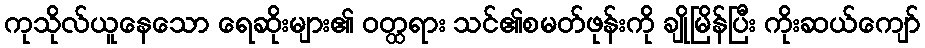
ကုသိုလ်ယူနေသော ရေဆိုးများ၏ ဝတ္ထရား သင်၏စမတ်ဖုန်းကို ချိုမြိန်ပြီး ကိုးဆယ်ကျော်